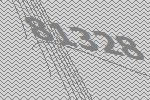
81328